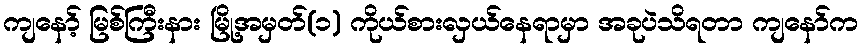
ကျနော့် မြစ်ကြီးနား မြို့အမှတ်(၁) ကိုယ်စားလှယ်နေရာမှာ အခုပဲသိရတာ ကျနော်က